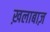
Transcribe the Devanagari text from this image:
ख़लाबाज़